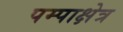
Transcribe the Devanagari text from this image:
पम्पाक्षेत्र